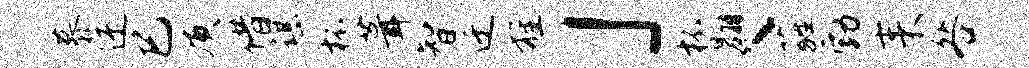
慕迂巳质借谌杯葺智迁旌」杯翱丶蕤勃耒咎